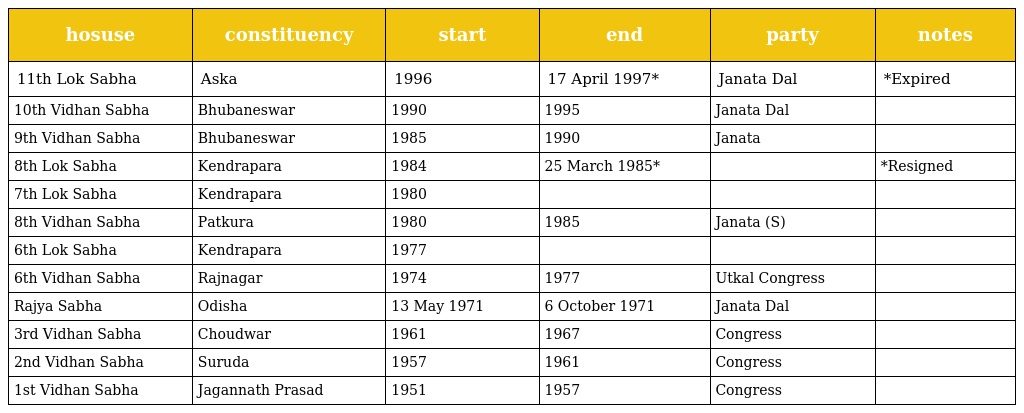
| hosuse | constituency | start | end | party | notes |
 | --- | --- | --- | --- | --- | --- |
 | 11th Lok Sabha | Aska | 1996 | 17 April 1997* | Janata Dal | *Expired |
 | 10th Vidhan Sabha | Bhubaneswar | 1990 | 1995 | Janata Dal |  |
 | 9th Vidhan Sabha | Bhubaneswar | 1985 | 1990 | Janata |  |
 | 8th Lok Sabha | Kendrapara | 1984 | 25 March 1985* |  | *Resigned |
 | 7th Lok Sabha | Kendrapara | 1980 |  |  |  |
 | 8th Vidhan Sabha | Patkura | 1980 | 1985 | Janata (S) |  |
 | 6th Lok Sabha | Kendrapara | 1977 |  |  |  |
 | 6th Vidhan Sabha | Rajnagar | 1974 | 1977 | Utkal Congress |  |
 | Rajya Sabha | Odisha | 13 May 1971 | 6 October 1971 | Janata Dal |  |
 | 3rd Vidhan Sabha | Choudwar | 1961 | 1967 | Congress |  |
 | 2nd Vidhan Sabha | Suruda | 1957 | 1961 | Congress |  |
 | 1st Vidhan Sabha | Jagannath Prasad | 1951 | 1957 | Congress |  |